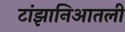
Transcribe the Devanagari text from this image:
टांझानिआतली